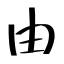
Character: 由